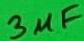
Text: 3µF